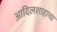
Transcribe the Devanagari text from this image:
आदिलशाहाचा